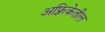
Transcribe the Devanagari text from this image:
अफ़्रिकेतील